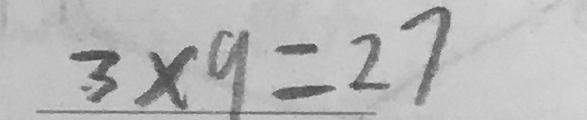
3 \times 9 = 2 7